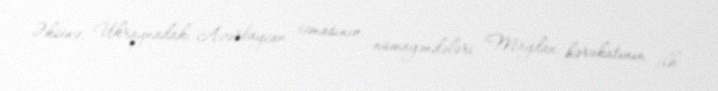
Əksinə, Ukraynadakı Azərbaycan icmasının nümayəndələri Maydan hərəkatının ilk